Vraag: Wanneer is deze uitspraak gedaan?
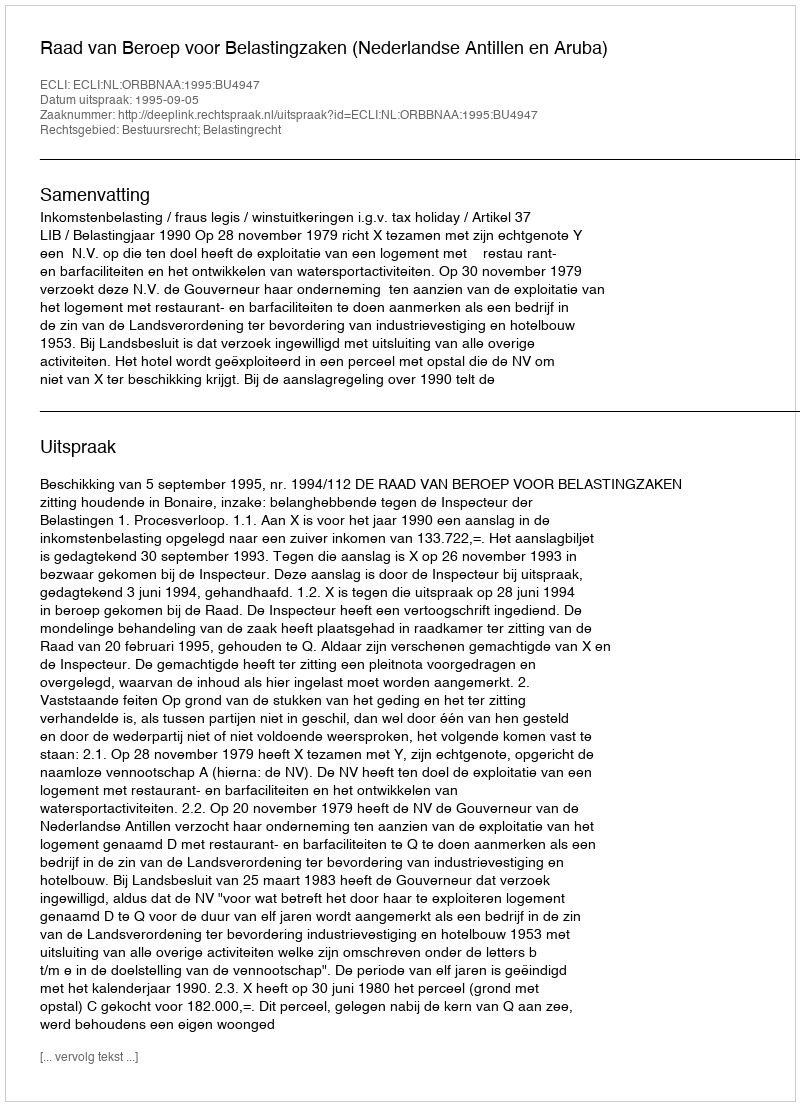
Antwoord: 1995-09-05